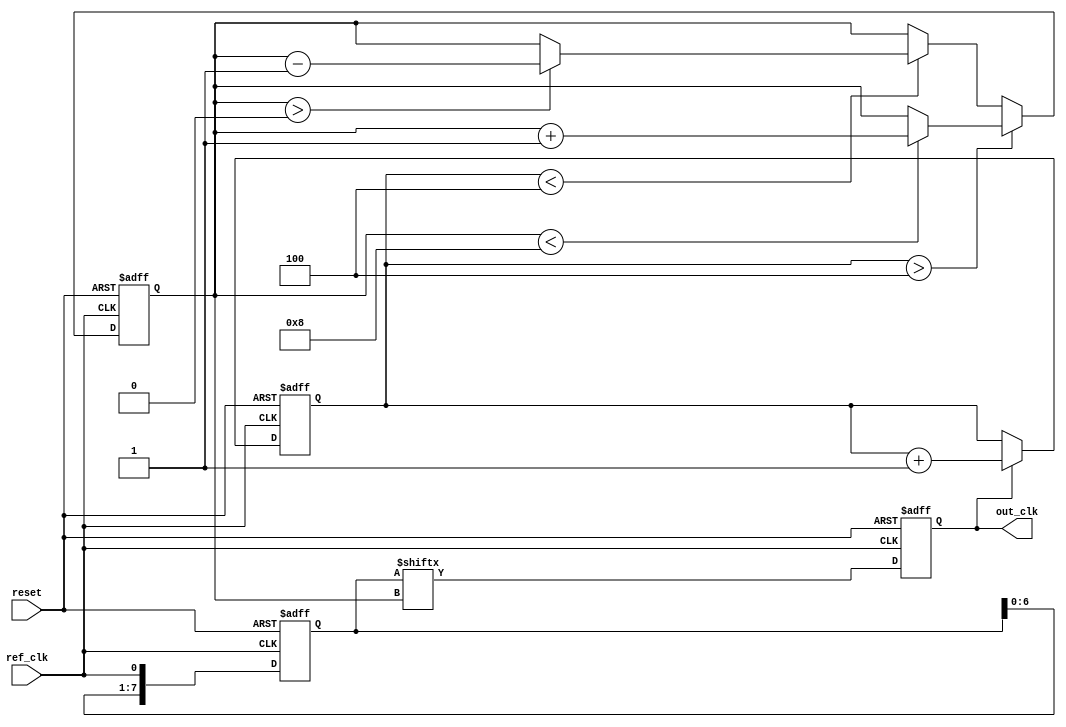
module dll (
    input wire ref_clk,          // Reference clock
    input wire reset,            // Asynchronous reset
    output reg out_clk           // Output clock
);

    // Parameters
    parameter NUM_DELAY_BLOCKS = 8; // Number of delay blocks
    parameter DELAY_UNIT = 1;         // Delay unit time (can be adjusted)

    // Internal signals
    reg [NUM_DELAY_BLOCKS-1:0] delay_enable; // Delay line enable signals
    reg [NUM_DELAY_BLOCKS-1:0] delay_line;    // Delay line storage
    reg [3:0] phase_error;                   // Phase error signal
    reg [2:0] delay_count;                   // Count of active delay blocks
    reg [3:0] phase_detector;                // Phase detector output

    // Phase Detector
    always @(posedge ref_clk or posedge reset) begin
        if (reset) begin
            phase_detector <= 0;
        end else begin
            // Simple phase detection logic (can be improved)
            if (out_clk) begin
                phase_detector <= phase_detector + 1; // Increment on out_clk
            end
        end
    end

    // Control Logic
    always @(posedge ref_clk or posedge reset) begin
        if (reset) begin
            delay_count <= 0;
            delay_enable <= 0;
        end else begin
            // Adjust delay based on phase error
            if (phase_detector > 4) begin
                if (delay_count < NUM_DELAY_BLOCKS) begin
                    delay_count <= delay_count + 1;
                end
            end else if (phase_detector < 4) begin
                if (delay_count > 0) begin
                    delay_count <= delay_count - 1;
                end
            end

            // Update delay enable signals
            delay_enable <= (1 << delay_count) - 1; // Enable the first 'delay_count' blocks
        end
    end

    // Delay Line
    always @(posedge ref_clk or posedge reset) begin
        if (reset) begin
            delay_line <= 0;
        end else begin
            // Shift the delay line based on enabled blocks
            delay_line <= {delay_line[NUM_DELAY_BLOCKS-2:0], ref_clk};
        end
    end

    // Output Clock Buffer
    always @(posedge ref_clk or posedge reset) begin
        if (reset) begin
            out_clk <= 0;
        end else begin
            // Generate output clock based on delay line
            out_clk <= delay_line[delay_count];
        end
    end

endmodule